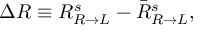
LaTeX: \Delta R \equiv R _ { R \rightarrow L } ^ { s } - { \bar { R } } _ { R \rightarrow L } ^ { s } ,